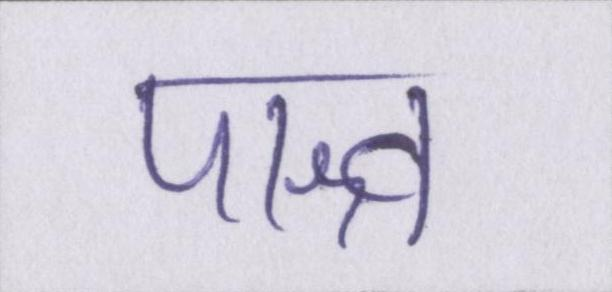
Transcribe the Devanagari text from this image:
पाश्र्व